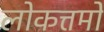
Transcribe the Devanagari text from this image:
लोकत्तमो